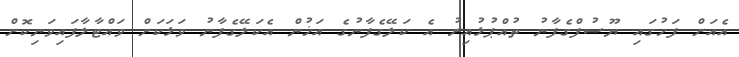
އެއަށް ފަހުގައި ޔޫސުފްގެފާނު ތުއްޕުޅުއިރު އެ ކަލޭގެފާނުގެ އަޚުން އެކަލޭގެފާނު ވަޅަކަށް ވައްޓާލާފައިވަނިކޮށް